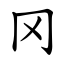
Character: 冈